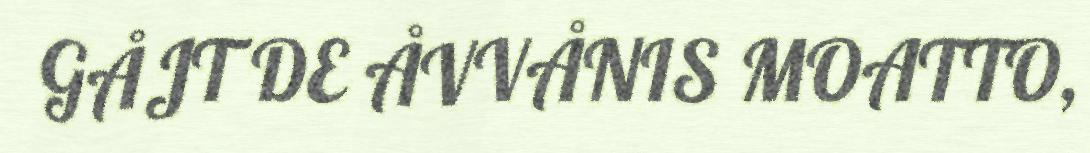
GÅJT DE ÅVVÅNIS MOATTO,